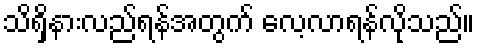
သိရှိနားလည်ရန်အတွက် လေ့လာရန်လိုသည်။